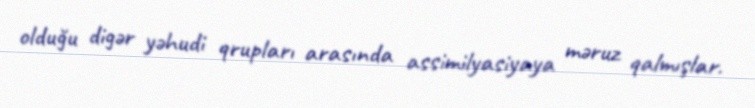
olduğu digər yəhudi qrupları arasında assimilyasiyaya məruz qalmışlar.